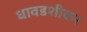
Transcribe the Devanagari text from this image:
धावडशीकर